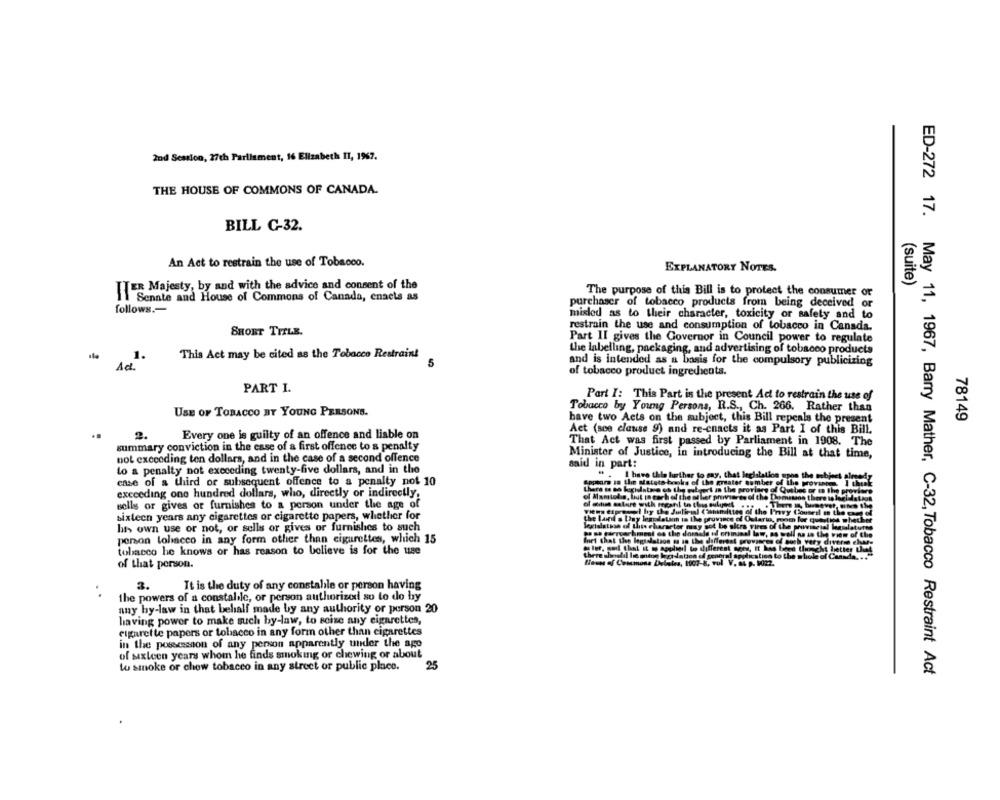
2nd Session, 27ch Parliament, 16 Elizabeth II, 19%7.
THE HOUSE OF COMMONS OF CANADA.
BILL C-32.
An Act to restrain the use of Tobacco.
EXPLANATORY NOTES.
(suite)
IT == Majesty, by and with the advice and consent of the
The purpose of this Bill is to protect the consumer or
Senate and House of Commons of Canada, enacts as
follows .-
purchaser of tobacco products from being deceived or
misled as to their character, toxicity or safety and to
restrain the use and consumption of tobacco in Canada.
SHORT TITLE.
Part II gives the Governor in Council power to regulate
the labelling, packaging, and advertising of tobacco products
This Act may be cited as the Tobacco Restraint
and is intended as a basis for the compulsory publicizing
of tobacco product ingredients.
PART I.
Part I: This Part is the present Act to restrain the use of
Tobacco by Young Persons, R.S ., Ch. 266. Rather than
USE OF TOBACCO BY YOUNG PERSONS.
have two Acts on the subject, this Bill repeals the present
78149
Act (sce clause 9) and re-enacts it as Part I of this Bill.
2.
Every one is guilty of an offence and liable on
That Act was first passed by Parliament in 1908. The
summary conviction in the case of a first offence to a penalty
Minister of Justice, In introducing the Bill at that time,
not exceeding ten dollars, and in the case of a second offence
said in part:
to a penalty not exceeding twenty-five dollars, and in the
Appears 38 the aistato books of the gras
I have this further to eny. the
or number
case of a third or subsequent offence to a penalty not 10
exceeding one hundred dollars, who, directly or indirectly.
of Mamtoda, but to cart of the at her pro
of the
sells or gives or furnishes to a person under the age of
ten of the I
sixteen years any cigarettes or cigarette papers, whether for
the Land a Liny lemodalann in the provin
ht> own use or not, or sells or gives or furnishes to such
legislatsse of the character
arhmeat es the dorsale ul criminal la
person tobacco in any form other than cigarettes, which 15
Inet that the legislalson @ so the differ
tobacco he knows or has reason to believe is for the use
Heum of Commons Debeles, 1007-8
dation ed
of that person.
Pul V. 84 p. VOR2.
.
3.
It is the duty of any constable or person having
the powers of a constabile, or person authorized so to do by
any by-law in that behalf made by any authority or person 20
having power to make such by-law, to seize any cigarettes,
cigarette papers or tobacco in any form other than cigarettes
in the possession of any person apparently under the ago
of sixteen years whom he finds smoking or chewing or about
to smoke or chow tobacco in any street or public place.
25
ED-272 17. May 11, 1967, Barry Mather, C-32, Tobacco Restraint Act